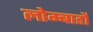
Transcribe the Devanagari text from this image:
लोम्बार्डों